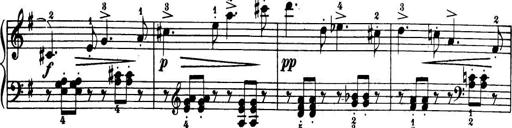
Title: 32 Sonatinas and Rondos for the Piano
Composer: Richard Kleinmichel